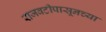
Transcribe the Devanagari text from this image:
राजवटीपासूनच्या